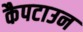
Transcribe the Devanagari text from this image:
कैपटाउन